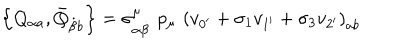
\left\{ Q _ { \alpha a } , \bar { Q } _ { \dot { \beta } b } \right\} = \sigma _ { \alpha \dot { \beta } } ^ { \mu } \, \, p _ { \mu } \, \, \left( v _ { 0 ^ { \prime } } + \sigma _ { 1 } v _ { 1 ^ { \prime } } + \sigma _ { 3 } v _ { 2 ^ { \prime } } \right) _ { a b }